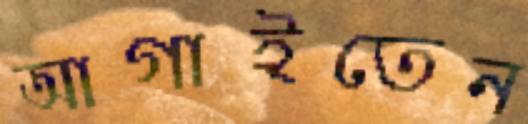
আগাইতেন